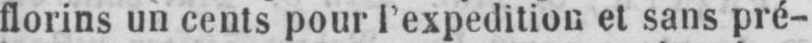
florins un cents pour l’expedition et sans pré-